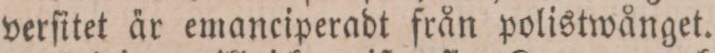
verſitet är emanciperadt från polistwånget.